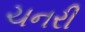
ચનરી